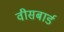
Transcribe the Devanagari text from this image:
वीसबार्ड